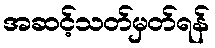
အဆင့်သတ်မှတ်ရန်